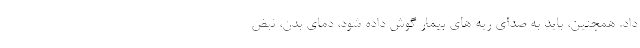
داد. همچنین، باید به صدای ریه های بیمار گوش داده شود، دمای بدن، نبض